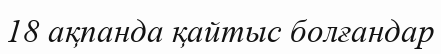
18 ақпанда қайтыс болғандар